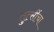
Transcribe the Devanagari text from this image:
तुत्‍सींचा